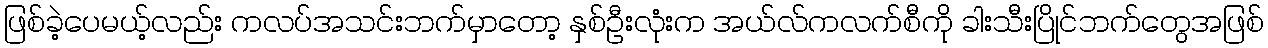
ဖြစ်ခဲ့ပေမယ့်လည်း ကလပ်အသင်းဘက်မှာတော့ နှစ်ဦးလုံးက အယ်လ်ကလက်စီကို ခါးသီးပြိုင်ဘက်တွေအဖြစ်